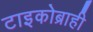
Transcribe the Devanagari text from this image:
टाइकोब्राही